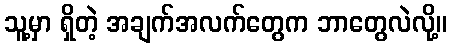
သူ့မှာ ရှိတဲ့ အချက်အလက်တွေက ဘာတွေလဲလို့။